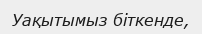
Уақытымыз біткенде,